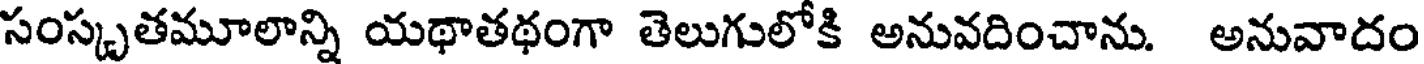
సంస్కృతమూలాన్ని యథాతథంగా తెలుగులోకి అనువదించాను. అనువాదం